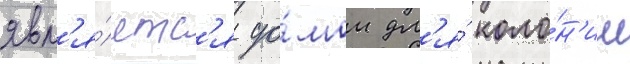
явл'я́етс'я до́мом дл'я́ коло́н'ии